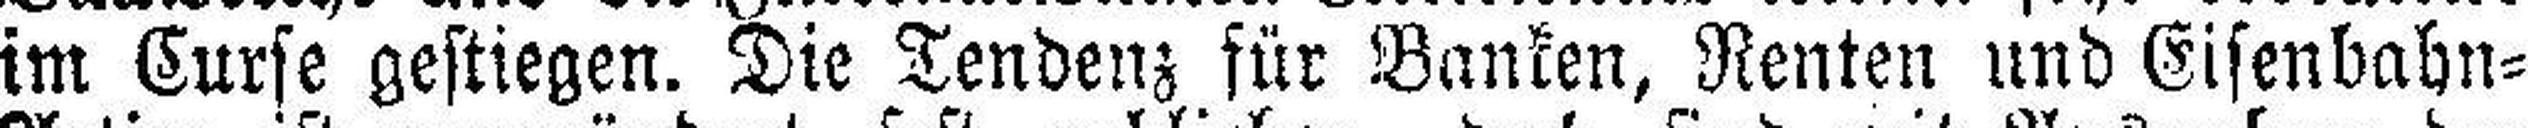
im Curse gestiegen. Die Tendenz für Banken, Renten und Eisenbahn=